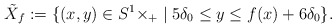
\begin{align*}\tilde{X}_{f}:=\{(x,y)\in S^{1}\times\real_+\mid 5\delta_{0}\le y\le f(x)+6\delta_{0}\}.\end{align*}